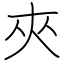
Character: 夾